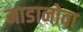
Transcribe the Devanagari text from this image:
नाडानोवा